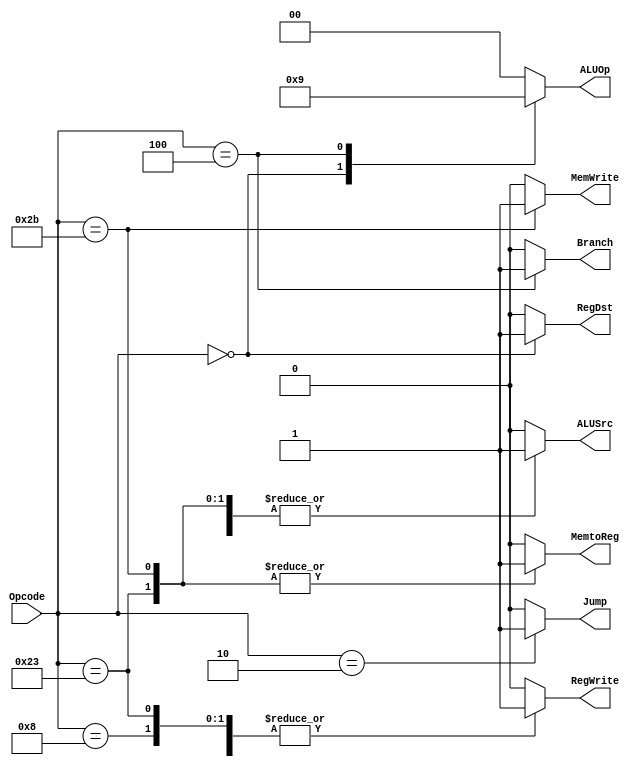
// Module Name: Main Decoder
// Project Name: Mips Processor

module main_decoder
(
	input [5:0]Opcode,
	output reg MemtoReg,
	output reg ALUSrc,
	output reg RegDst,
	output reg RegWrite,
	output reg Branch,
	output reg [1:0]ALUOp,
	output reg Jump,
	output reg MemWrite
);
localparam lw=6'b10_0011,sw=6'b10_1011,Rtype=6'b00_0000,addi=6'b00_1000,beq=6'b00_0100,Jalandj=6'b00_0010;
always@(*)
begin
	case(Opcode)
		lw:
		begin
			Jump=0;
			ALUOp=2'b00;
			Branch=0;
			RegWrite=1;
			RegDst=0;
			ALUSrc=1;
			MemtoReg=1;
			MemWrite=0;
		end
		sw:
		begin
			Jump=0;
			ALUOp=2'b00;
			Branch=0;
			RegWrite=0;
			RegDst=0;
			ALUSrc=1;
			MemtoReg=1;
			MemWrite=1;
		end
		Rtype:
		begin
			Jump=0;
			ALUOp=2'b10;
			Branch=0;
			RegWrite=1;
			RegDst=1;
			ALUSrc=0;
			MemtoReg=0;
			MemWrite=0;
		end
		addi:
		begin
			Jump=0;
			ALUOp=2'b00;
			Branch=0;
			RegWrite=1;
			RegDst=0;
			ALUSrc=1;
			MemtoReg=0;
			MemWrite=0;
		end
		beq:
		begin
			Jump=0;
			ALUOp=2'b01;
			Branch=1;
			RegWrite=0;
			RegDst=0;
			ALUSrc=0;
			MemtoReg=0;
			MemWrite=0;
		end
		Jalandj:
		begin
			Jump=1;
			ALUOp=2'b00;
			Branch=0;
			RegWrite=0;
			RegDst=0;
			ALUSrc=0;
			MemtoReg=0;
			MemWrite=0;
		end
		default:
		begin
			Jump=0;
			ALUOp=2'b00;
			Branch=0;
			RegWrite=0;
			RegDst=0;
			ALUSrc=0;
			MemtoReg=0;
			MemWrite=0;
		end
endcase

end
endmodule